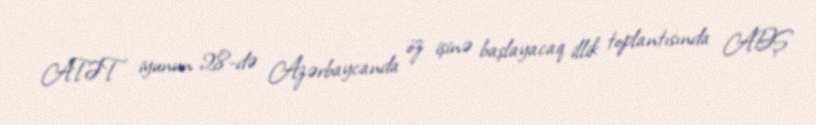
ATƏT iyunun 28-də Azərbaycanda öz işinə başlayacaq illik toplantısında ABŞ